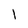
Character: 1